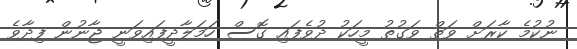
ނުކުމެ ކާރަށް ވަތް ވަގުތު މީހަކު ދުވެފައި ގޮސް ހަމަލާދީފައިވަނީ ޖާނުން ފިދާވެ